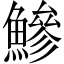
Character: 鰺